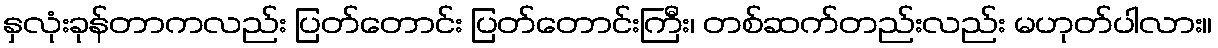
နှလုံးခုန်တာကလည်း ပြတ်တောင်း ပြတ်တောင်းကြီး၊ တစ်ဆက်တည်းလည်း မဟုတ်ပါလား။